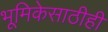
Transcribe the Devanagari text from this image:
भूमिकेसाठीही